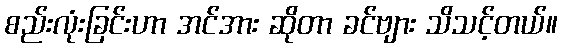
စည်းလုံးခြင်းဟာ အင်အား ဆိုတာ ခင်ဗျား သိသင့်တယ်။